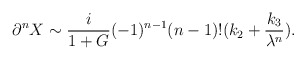
\begin{align*}\partial ^{n}X\sim \frac{i}{1+G}(-1)^{n-1}(n-1)!(k_{2}+\frac{k_{3}}{\lambda^{n}}).\end{align*}